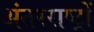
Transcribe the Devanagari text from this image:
अंतरराष्ट्रों